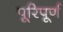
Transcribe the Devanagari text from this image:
पूरिपूर्ण